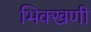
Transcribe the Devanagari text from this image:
भिक्खणी